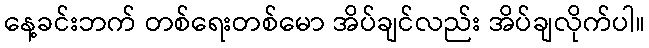
နေ့ခင်းဘက် တစ်ရေးတစ်မော အိပ်ချင်လည်း အိပ်ချလိုက်ပါ။